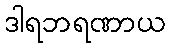
ဒါရဘရဏာယ